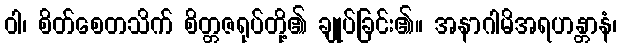
ဝါ၊ စိတ်စေတသိက် စိတ္တဇရုပ်တို့၏ ချုပ်ခြင်း၏။ အနာဂါမိအရဟန္တာနံ၊